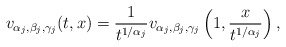
\begin{align*}v_{\alpha_{j}, \beta_{j},\gamma_j}(t, x) = \frac{1}{t^{1/\alpha_{j}}} v_{\alpha_{j}, \beta_{j},\gamma_j}\left(1, \frac{x}{t^{1/\alpha_{j}}}\right), \end{align*}